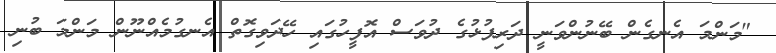
"މަންމަ އެނގެން ބޭނުންވަނީ ދަރިފުޅުގެ ދުވަސް އޮފީހުގައި ހޭދަވިގޮތް އެނގުމެއްނޫން މަންމަ ބުނި